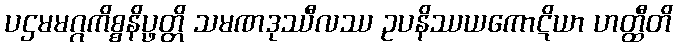
ပဌမမဂ္ဂကိစ္စနိပ္ဖတ္တိ သမဏဒုဿီလဿ ဥပနိဿယကောဋိယာ ဟတ္ထီတိ